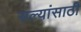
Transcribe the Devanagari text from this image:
सल्यांसाठी